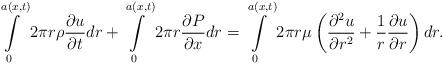
LaTeX: \begin{align*}\intop_{0}^{a\left(x,t\right)}2\pi r\rho\frac{\partial u}{\partial t}dr+\intop_{0}^{a\left(x,t\right)}2\pi r\frac{\partial P}{\partial x}dr=\intop_{0}^{a\left(x,t\right)}2\pi r\mu\left(\frac{\partial^{2}u}{\partial r^{2}}+\frac{1}{r}\frac{\partial u}{\partial r}\right)dr.\end{align*}